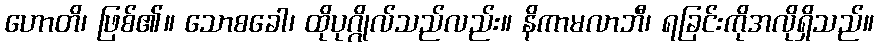
ဟောတိ၊ ဖြစ်၏။ သောစခေါ၊ ထိုပုဂ္ဂိုလ်သည်လည်း။ နိကာမလာဘီ၊ ရခြင်းကိုအလိုရှိသည်။